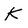
Character: K